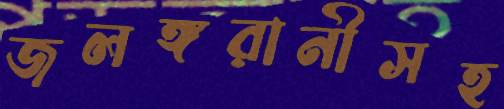
জলঙ্গরানীসহ